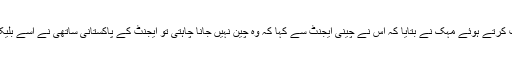
وائس آف امریکہ سے بات کرتے ہوئے مہک نے بتایا کہ اس نے چینی ایجنٹ سے کہا کہ وہ چین نہیں جانا چاہتی تو ایجنٹ کے پاکستانی ساتھی نے اسے بلیک میل کرنا شروع کر دیا۔